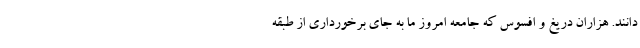
دانند. هزاران دریغ و افسوس که جامعه امروز ما به جای برخورداری از طبقه